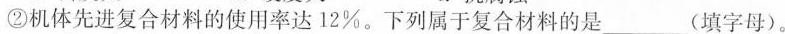
②机体先进复合材料的使用率达12%。下列属于复合材料的是\underline (填字母)。